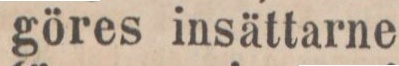
göres insättarne